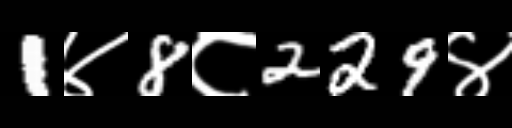
Text: 1४8८229४